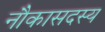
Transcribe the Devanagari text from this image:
नौकासदस्य